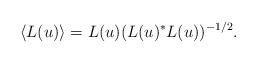
LaTeX: \begin{align*}\langle L(u) \rangle = L(u)(L(u)^*L(u))^{-1/2}.\end{align*}